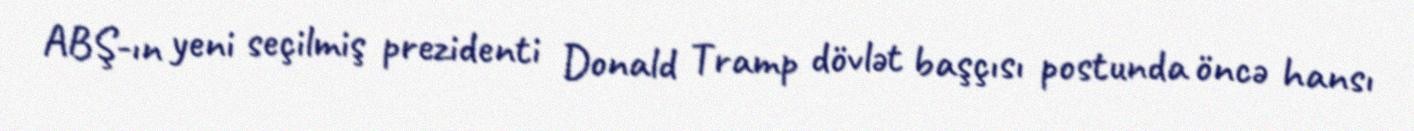
ABŞ-ın yeni seçilmiş prezidenti Donald Tramp dövlət başçısı postunda öncə hansı